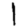
Digit: 1